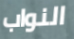
النواب